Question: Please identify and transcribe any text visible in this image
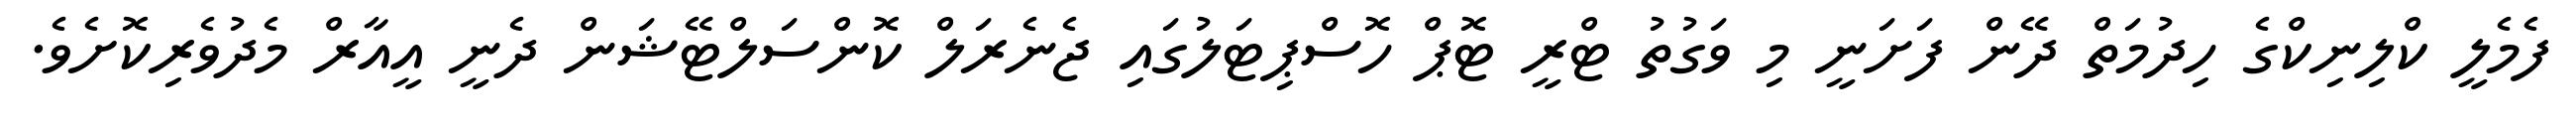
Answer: ފެމެލީ ކްލިނިކްގެ ހިދުމަތް ދޭން ފަށަނީ މި ވަގުތު ޓްރީ ޓޮޕް ހޮސްޕިޓަލުގައި ޖެނެރަލް ކޮންސަލްޓޭޝަން ދެނީ އީއާރް މެދުވެރިކޮށެވެ.